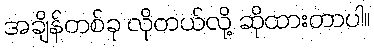
အချိန်တစ်ခု လိုတယ်လို့ ဆိုထားတာပါ။